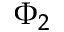
\Phi _ { 2 }